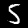
Digit: 5